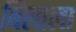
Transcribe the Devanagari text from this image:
बिलाला